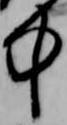
中